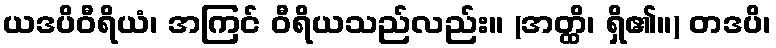
ယဒပိဝီရိယံ၊ အကြင် ဝီရိယသည်လည်း။ (အတ္ထိ၊ ရှိ၏။) တဒပိ၊